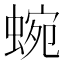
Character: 蜿